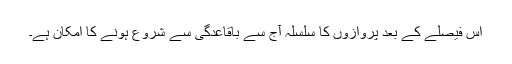
اس فیصلے کے بعد پروازوں کا سلسلہ آج سے باقاعدگی سے شروع ہونے کا امکان ہے۔